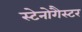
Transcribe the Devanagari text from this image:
स्टेनोगैस्टर